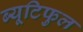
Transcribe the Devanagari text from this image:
ब्यूटिफुल